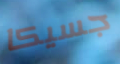
جسيكا